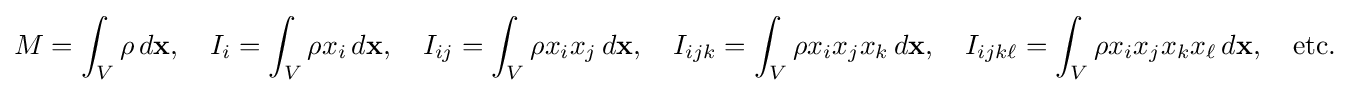
M=\int _{V}\rho \,d\mathbf {x} ,\quad I_{i}=\int _{V}\rho x_{i}\,d\mathbf {x} ,\quad I_{ij}=\int _{V}\rho x_{i}x_{j}\,d\mathbf {x} ,\quad I_{ijk}=\int _{V}\rho x_{i}x_{j}x_{k}\,d\mathbf {x} ,\quad I_{ijk\ell }=\int _{V}\rho x_{i}x_{j}x_{k}x_{\ell }\,d\mathbf {x} ,\quad {\text{etc.}}